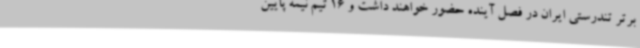
برتر تندرستی ایران در فصل آینده حضور خواهند داشت و 16 تیم نیمه پایین